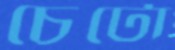
চেটো